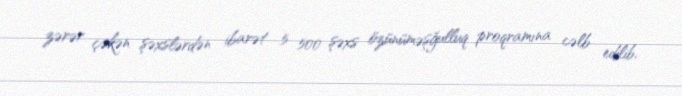
zərər çəkən şəxslərdən ibarət 5 500 şəxs özünüməşğulluq proqramına cəlb edilib,